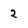
Character: 2